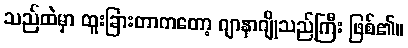
သည်ထဲမှာ ထူးခြားတာကတော့ ဂျာနာဂျိုသည်ကြီး ဖြစ်၏။